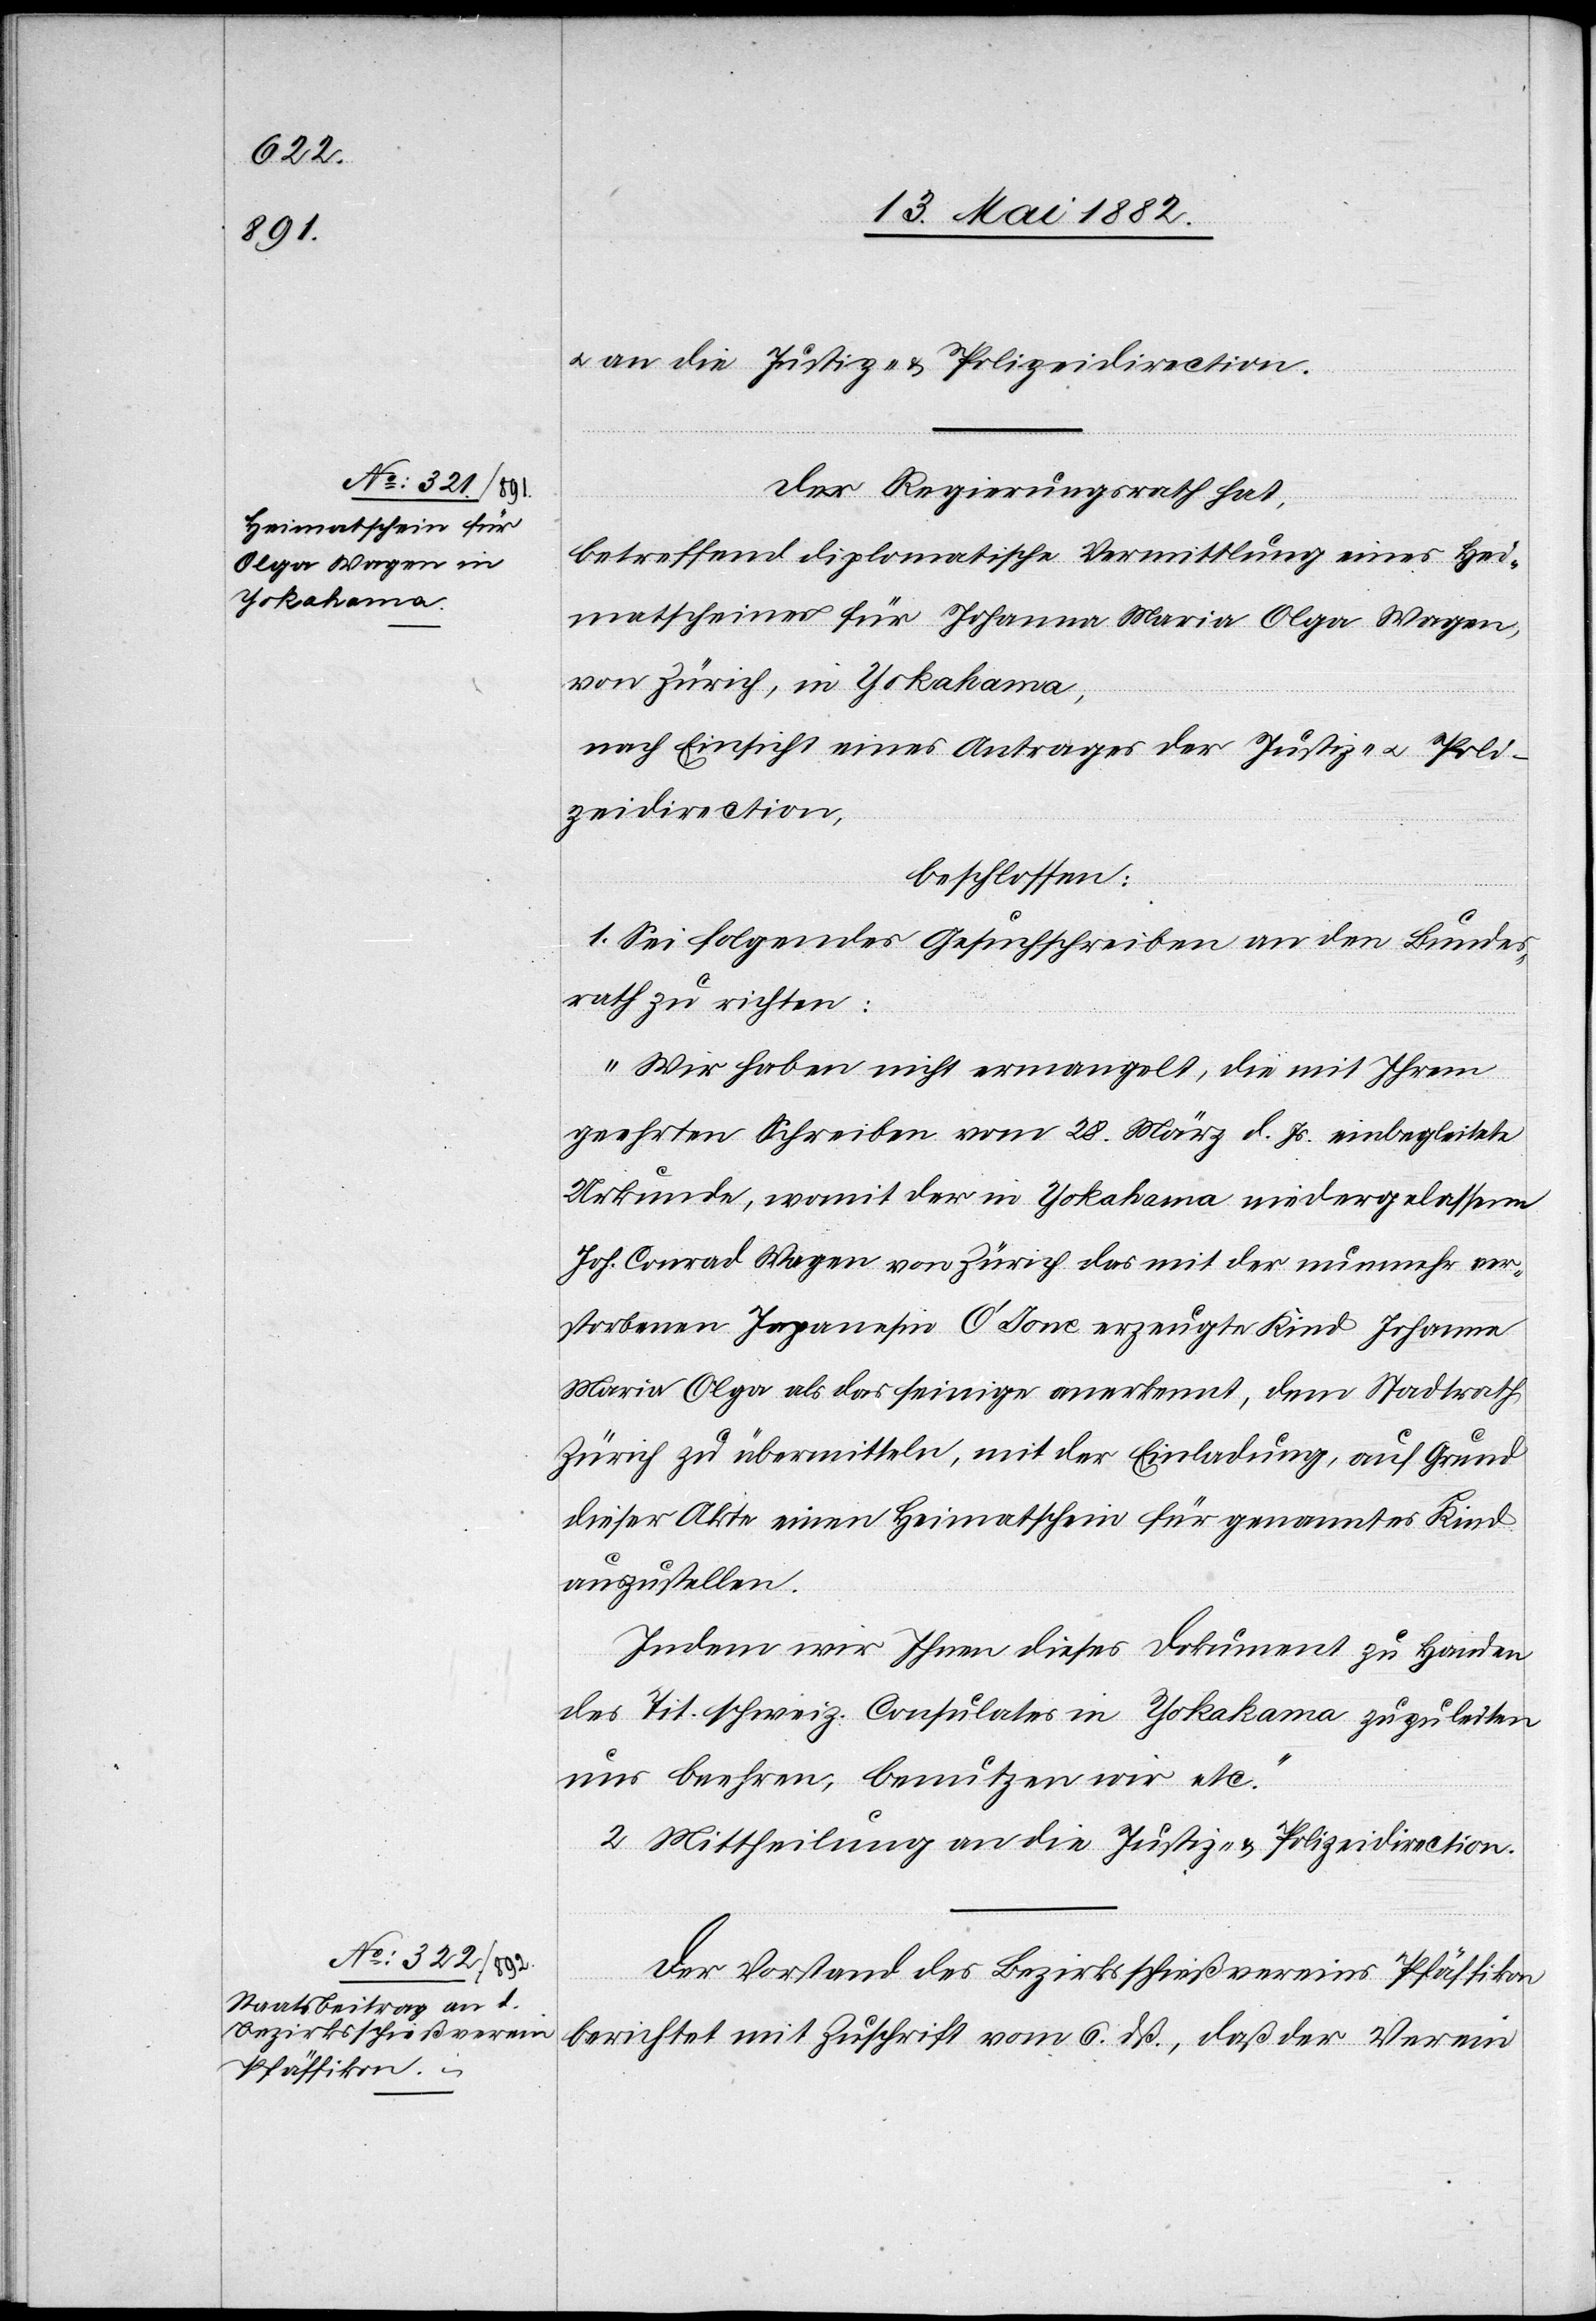
u. an die Justiz- & Polizeidirection.
Der Regierungsrath hat,
betreffend diplomatische Vermittlung eines Hei¬
matscheines für Johanna Maria Olga Wagen,
von Zürich, in Yokohama,
nach Einsicht eines Antrages der Justiz- u. Poli¬
zeidirection,
beschlossen:
1. Sei folgendes Gesuchschreiben an den Bundes¬
rath zu richten:
„Wir haben nicht ermangelt, die mit Ihrem
geehrten Schreiben vom 28. März d. Js. einbegleitete
Urkunde, womit der in Yokohama niedergelassene
Joh. Conrad Wagen von Zürich das mit der nunmehr ver¬
storbenen Japanesin O’Jone erzeugte Kind Johanna
Maria Olga als das seinige anerkennt, dem Stadtrath
Zürich zu übermitteln, mit der Einladung, auf Grund
dieser Akte einen Heimatschein für genanntes Kind
auszustellen.
Indem wir Ihnen dieses Dokument zu Handen
des Tit. schweiz. Consulates in Yokohama zuzuleiten
uns beehren, benutzen wir etc.“
2. Mittheilung an die Justiz- & Polizeidirection.
Der Vorstand des Bezirksschießvereins Pfäffikon
berichtet mit Zuschrift vom 6. dß., daß der Verein